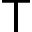
\mathsf { T }